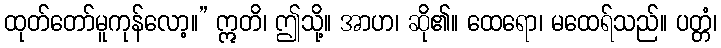
ထုတ်တော်မူကုန်လော့။” ဣတိ၊ ဤသို့။ အာဟ၊ ဆို၏။ ထေရော၊ မထေရ်သည်။ ပတ္တံ၊